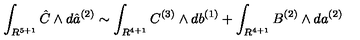
\int _ { R ^ { 5 + 1 } } { \hat { C } } \wedge d { \hat { a } } ^ { ( 2 ) } \sim \int _ { R ^ { 4 + 1 } } C ^ { ( 3 ) } \wedge d b ^ { ( 1 ) } + \int _ { R ^ { 4 + 1 } } B ^ { ( 2 ) } \wedge d a ^ { ( 2 ) }